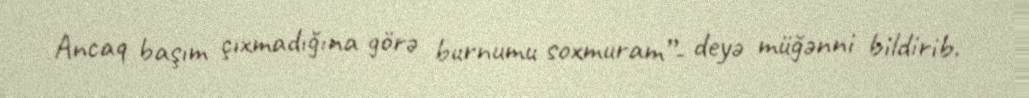
Ancaq başım çıxmadığına görə burnumu soxmuram”- deyə müğənni bildirib.